Leaving Certificate Examination (including Day School Certificate (Higher) General paper), 1927
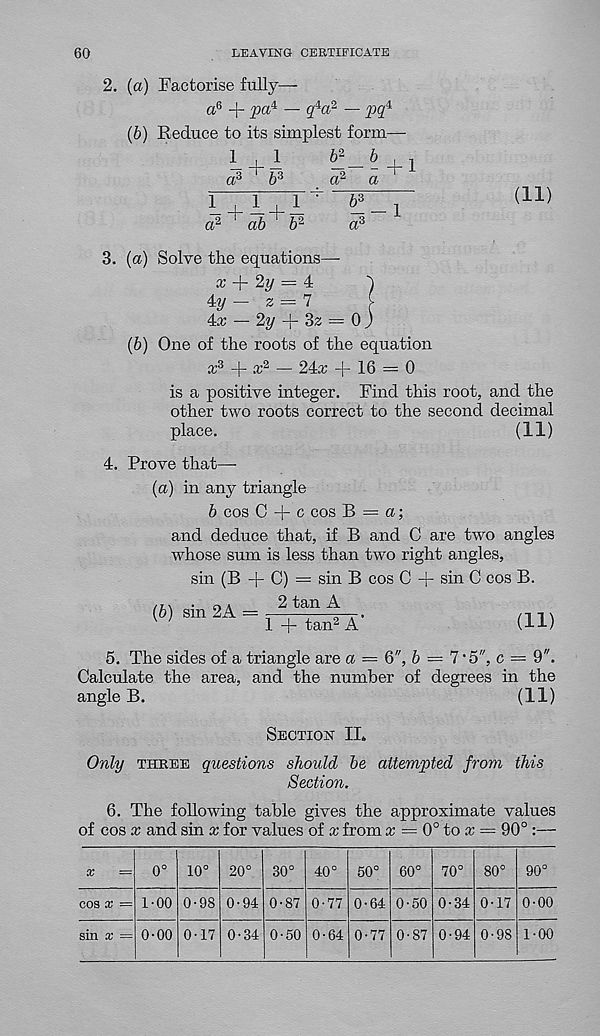
60
LEAVING CERTIFICATE
2. (a) Factorise fully—
a 6 + pa' 1 — q l a? —
(b) Reduce to its simplest form—
1,1
b 2
b ,
a 6
b 3
a* a
L + l+I
a 2
ab b 2
6 -,-i
a 3
(ID
3. (a) Solve the equations—
a; + 2w = 4
'J
±y - 2 = 7
[
4a; — 2^/
3z = 0 )
{b) One of the roots of the equation
x 3 + x 2 — 24a; + 16 — 0
is a positive integer. Find this root, and the
other two roots correct to the second decimal
place.
(11)
4. Prove that—-
(a) in any triangle
b cos C + c cos B = a;
and deduce that, if B and C are two angles
whose sum is less than two right angles,
sin (B + C) = sin B cos C + sin C cos B.
2 tan A
1 + tan 2 A’
(11)
(6) sin 2A =
5. The sides of a triangle are a = 6", b = 7 A", c = 9".
Calculate the area, and the number of degrees in the
angle B.
(11)
Section XL
Only three questions should be attempted from this
Section.
6. The following table gives the approximate values
of cos x and sin x for values of x from x = 0° to x = 90° :—
10° 20° 30° 40° 50° 60° 70° 80° 90°
coa x
1-00 0-98 0-94 0-87 0-77 0-64 0-50 0-34 0-17 0-00
sin a; = 0-00 0-17 0-34 0-50 0-64 0-77 0-87 0-94 0-98 1-00